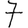
Digit: 7